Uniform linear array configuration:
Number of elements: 48
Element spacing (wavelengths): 0.25
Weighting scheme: uniform
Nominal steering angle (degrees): -30
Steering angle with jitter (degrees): -29.137
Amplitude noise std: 0.05
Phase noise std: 0.05

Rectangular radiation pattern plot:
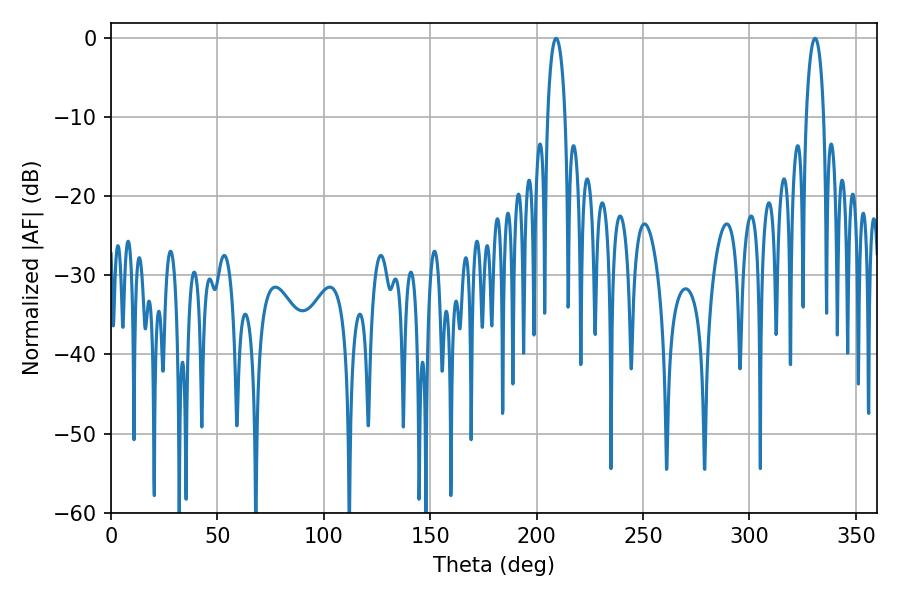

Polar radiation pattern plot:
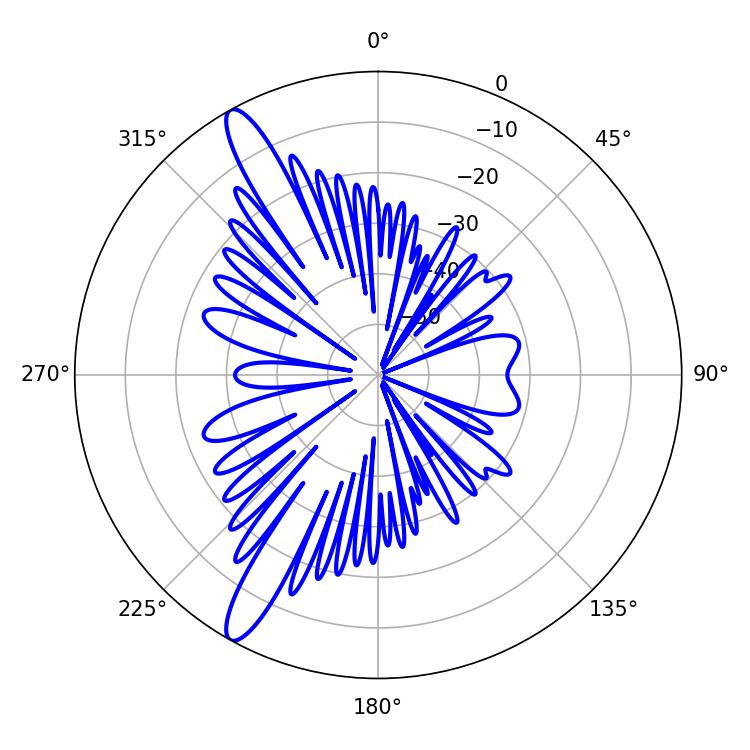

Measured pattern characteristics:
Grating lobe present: FALSE
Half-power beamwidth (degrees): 4.68
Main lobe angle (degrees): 209.16